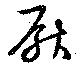
厭